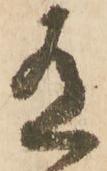
有